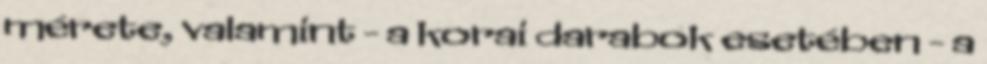
mérete, valamint - a korai darabok esetében - a